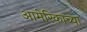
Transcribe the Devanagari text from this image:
आमेरिकाच्या